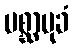
ပစ္ဆာမုခံ